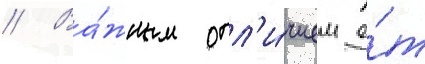
// Ва́жным отл'и́чием о́т